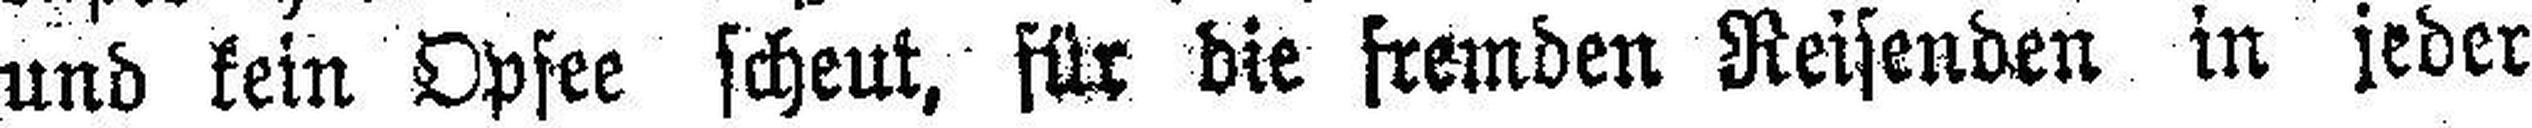
und kein Opsee scheut, für die fremden Reisenden in jeder